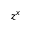
z ^ { x }